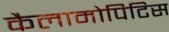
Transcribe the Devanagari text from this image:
कैलामोपिटिस